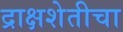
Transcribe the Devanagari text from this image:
द्राक्षशेतीचा